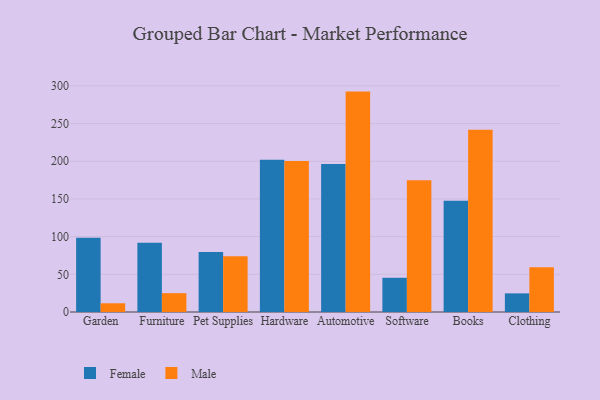
{"axis": {"x": "Category", "y": "Population (Million)"}, "legend": ["Female", "Male"], "data": [{"x": "Garden", "y": 98.5, "type": "Female"}, {"x": "Garden", "y": 11.6, "type": "Male"}, {"x": "Furniture", "y": 91.9, "type": "Female"}, {"x": "Furniture", "y": 25.0, "type": "Male"}, {"x": "Pet Supplies", "y": 79.7, "type": "Female"}, {"x": "Pet Supplies", "y": 73.8, "type": "Male"}, {"x": "Hardware", "y": 201.9, "type": "Female"}, {"x": "Hardware", "y": 200.4, "type": "Male"}, {"x": "Automotive", "y": 196.4, "type": "Female"}, {"x": "Automotive", "y": 292.4, "type": "Male"}, {"x": "Software", "y": 45.4, "type": "Female"}, {"x": "Software", "y": 174.7, "type": "Male"}, {"x": "Books", "y": 147.7, "type": "Female"}, {"x": "Books", "y": 241.7, "type": "Male"}, {"x": "Clothing", "y": 24.7, "type": "Female"}, {"x": "Clothing", "y": 59.3, "type": "Male"}]}